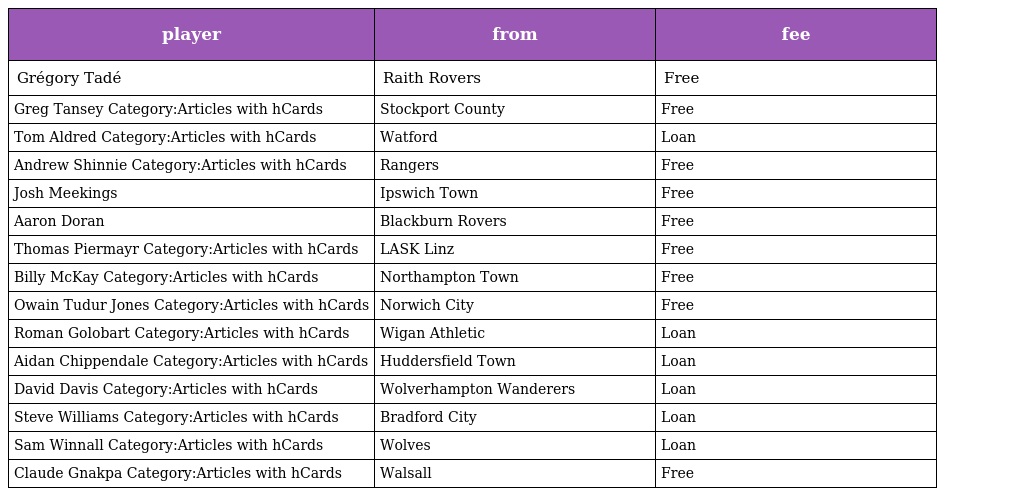
| player | from | fee |
 | --- | --- | --- |
 | Grégory Tadé | Raith Rovers | Free |
 | Greg Tansey Category:Articles with hCards | Stockport County | Free |
 | Tom Aldred Category:Articles with hCards | Watford | Loan |
 | Andrew Shinnie Category:Articles with hCards | Rangers | Free |
 | Josh Meekings | Ipswich Town | Free |
 | Aaron Doran | Blackburn Rovers | Free |
 | Thomas Piermayr Category:Articles with hCards | LASK Linz | Free |
 | Billy McKay Category:Articles with hCards | Northampton Town | Free |
 | Owain Tudur Jones Category:Articles with hCards | Norwich City | Free |
 | Roman Golobart Category:Articles with hCards | Wigan Athletic | Loan |
 | Aidan Chippendale Category:Articles with hCards | Huddersfield Town | Loan |
 | David Davis Category:Articles with hCards | Wolverhampton Wanderers | Loan |
 | Steve Williams Category:Articles with hCards | Bradford City | Loan |
 | Sam Winnall Category:Articles with hCards | Wolves | Loan |
 | Claude Gnakpa Category:Articles with hCards | Walsall | Free |